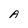
Character: A